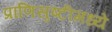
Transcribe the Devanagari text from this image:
प्राणिसृष्टीमध्ये